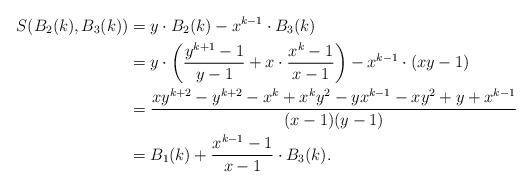
LaTeX: \begin{align*}\begin{aligned}S(B_2(k),B_3(k))&=y\cdot B_2(k)-x^{k-1}\cdot B_3(k)\\&=y\cdot \left ( \frac{y^{k+1}-1}{y-1}+x\cdot\frac{x^{k}-1}{x-1}\right )-x^{k-1}\cdot (xy-1)\\&=\frac{xy^{k+2}-y^{k+2}-x^k+x^ky^2-yx^{k-1}-xy^2+y+x^{k-1}}{(x-1)(y-1)}\\&=B_1(k)+\frac{x^{k-1}-1}{x-1}\cdot B_3(k).\end{aligned}\end{align*}